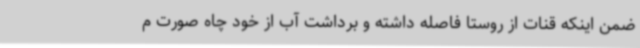
ضمن اینکه قنات از روستا فاصله داشته و برداشت آب از خود چاه صورت م